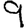
Digit: 9